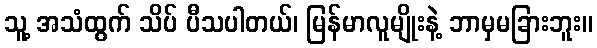
သူ့ အသံထွက် သိပ် ပီသပါတယ်၊ မြန်မာလူမျိုးနဲ့ ဘာမှမခြားဘူး။